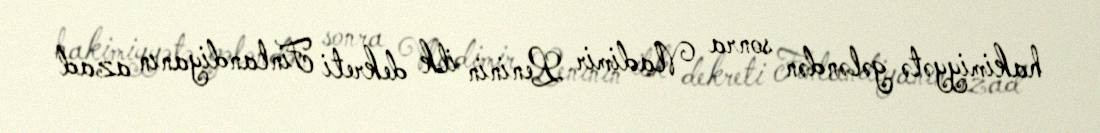
hakimiyyətə gələndən sonra Vladimir Leninin ilk dekreti Finlandiyanın azad